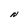
Character: N